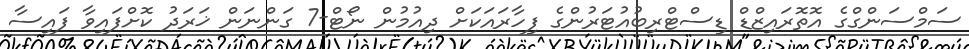
ސަމްސަންގްގެ އޮތޮރައިޒްޑް ޑިސްޓްރިބުއުޓަރުންގެ ފިހާރައަކަށް ދިއުމުން ނޯޓް-7 ގަންނަން ޚަރަދު ކޮށްފައިވާ ފައިސާ